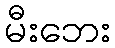
မီးဘေး